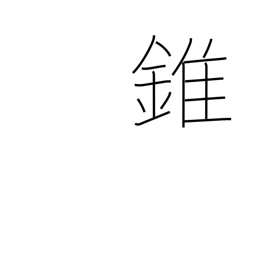
Meaning: cone